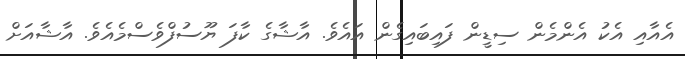
އެއާއި އެކު އެންމެން ސިޑީން ފައިބައިގެން އައެވެ. އާޝާގެ ކާފަ ޔޫސުފްވެސްމެއެވެ. އާޝާއަށް